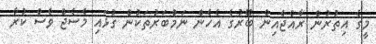
މީގެ އިތުރުން ރާއްޖެއިން ބޭރުގެ އެހެން ނަމްބަރުތަކުން ގުޅައި މެސެޖް ވެސް ކުރާ